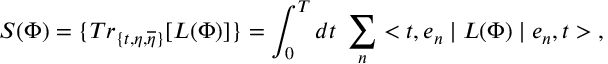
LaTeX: S ( \Phi ) = \{ T r _ { \{ t , \eta , \overline { { { \eta } } } \} } [ L ( \Phi ) ] \} = \int _ { 0 } ^ { T } d t \; \sum _ { n } < t , e _ { n } \mid L ( \Phi ) \mid e _ { n } , t > \; ,